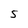
Character: 5